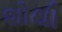
શોથી